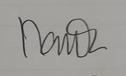
Signature authenticity: genuine